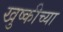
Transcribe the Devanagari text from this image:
खुष्कीच्या